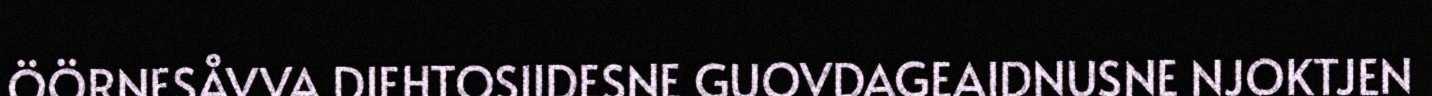
ÖÖRNESÅVVA DIEHTOSIIDESNE GUOVDAGEAIDNUSNE NJOKTJEN